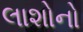
લાશોનો